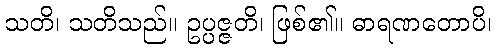
သတိ၊ သတိသည်။ ဥပ္ပဇ္ဇတိ၊ ဖြစ်၏။ ဓာရဏတောပိ၊